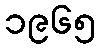
၁၉၆၅